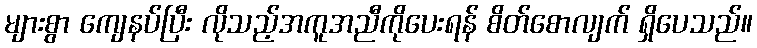
များစွာ ကျေနပ်ပြီး လိုသည့်အကူအညီကိုပေးရန် စိတ်စောလျက် ရှိပေသည်။